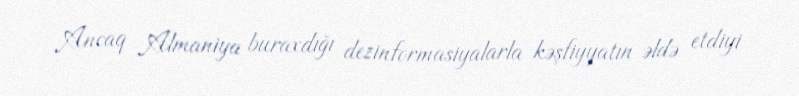
Ancaq Almaniya buraxdığı dezinformasiyalarla kəşfiyyatın əldə etdiyi